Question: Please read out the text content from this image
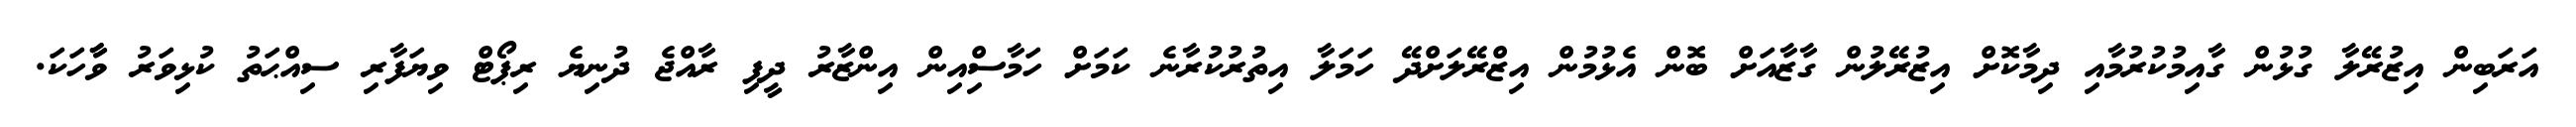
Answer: އަރަބިން އިޒުރޭލާ ގުޅުން ގާއިމުކުރުމާއި ދިމާކޮށް އިޒުރޭލުން ގާޒާއަށް ބޮން އެޅުމުން އިޒްރޭލަށްދޭ ހަމަލާ އިތުރުކުރާނެ ކަމަށް ހަމާސްިއިން އިންޒާރު ދީފި ރާއްޖެ ދުނިޔެ ރިޕޯޓް ވިޔަފާރި ސިއްޙަތު ކުޅިވަރު ވާާހަކަ.